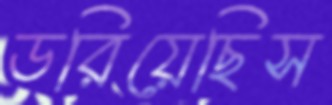
ডরিয়েছিস